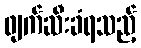
ဖျက်ဆီးခံရသည့်